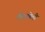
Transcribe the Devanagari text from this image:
केरलेली